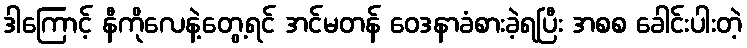
ဒါကြောင့် နီကိုလေနဲ့တွေ့ရင် အင်မတန် ဝေဒနာခံစားခဲ့ရပြီး အစစ ခေါင်းပါးတဲ့